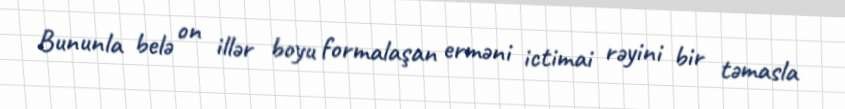
Bununla belə on illər boyu formalaşan erməni ictimai rəyini bir təmasla